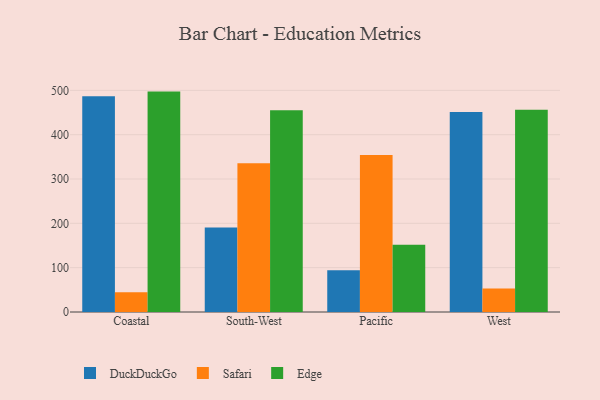
{"axis": {"x": "Region", "y": "Demand Index"}, "legend": ["DuckDuckGo", "Edge", "Safari"], "data": [{"x": "Coastal", "y": 486.8, "type": "DuckDuckGo"}, {"x": "Coastal", "y": 44.8, "type": "Safari"}, {"x": "Coastal", "y": 497.2, "type": "Edge"}, {"x": "South-West", "y": 190.4, "type": "DuckDuckGo"}, {"x": "South-West", "y": 335.4, "type": "Safari"}, {"x": "South-West", "y": 455.2, "type": "Edge"}, {"x": "Pacific", "y": 94.3, "type": "DuckDuckGo"}, {"x": "Pacific", "y": 353.9, "type": "Safari"}, {"x": "Pacific", "y": 151.6, "type": "Edge"}, {"x": "West", "y": 451.2, "type": "DuckDuckGo"}, {"x": "West", "y": 53.1, "type": "Safari"}, {"x": "West", "y": 456.0, "type": "Edge"}]}